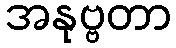
အနုဗ္ဗတာ